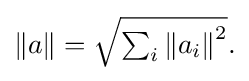
{\textstyle \|a\|={\sqrt {\sum _{i}\left\|a_{i}\right\|^{2}}}.}